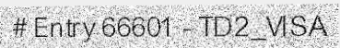
# Entry 66601 - TD2_VISA